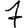
Digit: 7